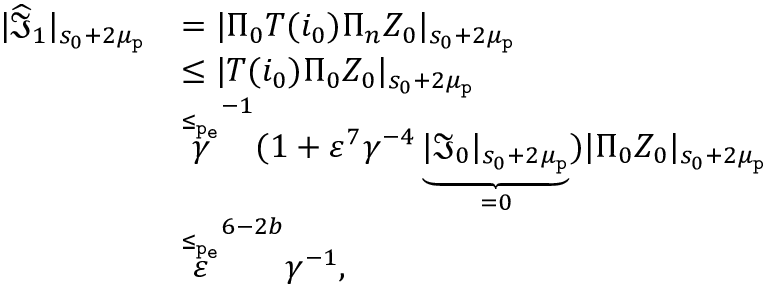
\begin{array} { r l } { | \widehat { \mathfrak { I } } _ { 1 } | _ { s _ { 0 } + 2 \mu _ { \mathtt { p } } } } & { = | \Pi _ { 0 } T ( i _ { 0 } ) \Pi _ { n } Z _ { 0 } | _ { s _ { 0 } + 2 \mu _ { \mathtt { p } } } } \\ & { \le | T ( i _ { 0 } ) \Pi _ { 0 } Z _ { 0 } | _ { s _ { 0 } + 2 \mu _ { \mathtt { p } } } } \\ & { \overset { \le _ { \mathtt { p _ { e } } } } \gamma ^ { - 1 } ( 1 + \varepsilon ^ { 7 } \gamma ^ { - 4 } \underbrace { | \mathfrak { I } _ { 0 } | _ { s _ { 0 } + 2 \mu _ { \mathtt { p } } } } _ { = 0 } ) | \Pi _ { 0 } Z _ { 0 } | _ { s _ { 0 } + 2 \mu _ { \mathtt { p } } } } \\ & { \overset { \le _ { \mathtt { p _ { e } } } } \varepsilon ^ { 6 - 2 b } \gamma ^ { - 1 } , } \end{array}